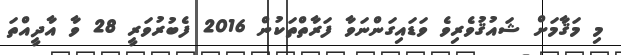
މި މަޤާމަށް ޝައުޤުވެރިވެ ވަޑައިގަންނަވާ ފަރާތްތަކުން 2016 ފެބުރުވަރީ 28 ވާ އާާދީއްތަ